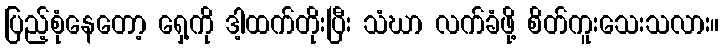
ပြည့်စုံနေတော့ ရှေ့ကို ဒါ့ထက်တိုးပြီး သံဃာ လက်ခံဖို့ စိတ်ကူးသေးသလား။